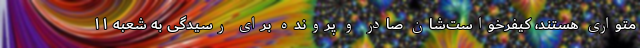
متواری هستند، کیفرخواست‌شان صادر و پرونده برای رسیدگی به شعبه ۱۱